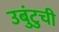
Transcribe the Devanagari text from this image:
उबुंटुची